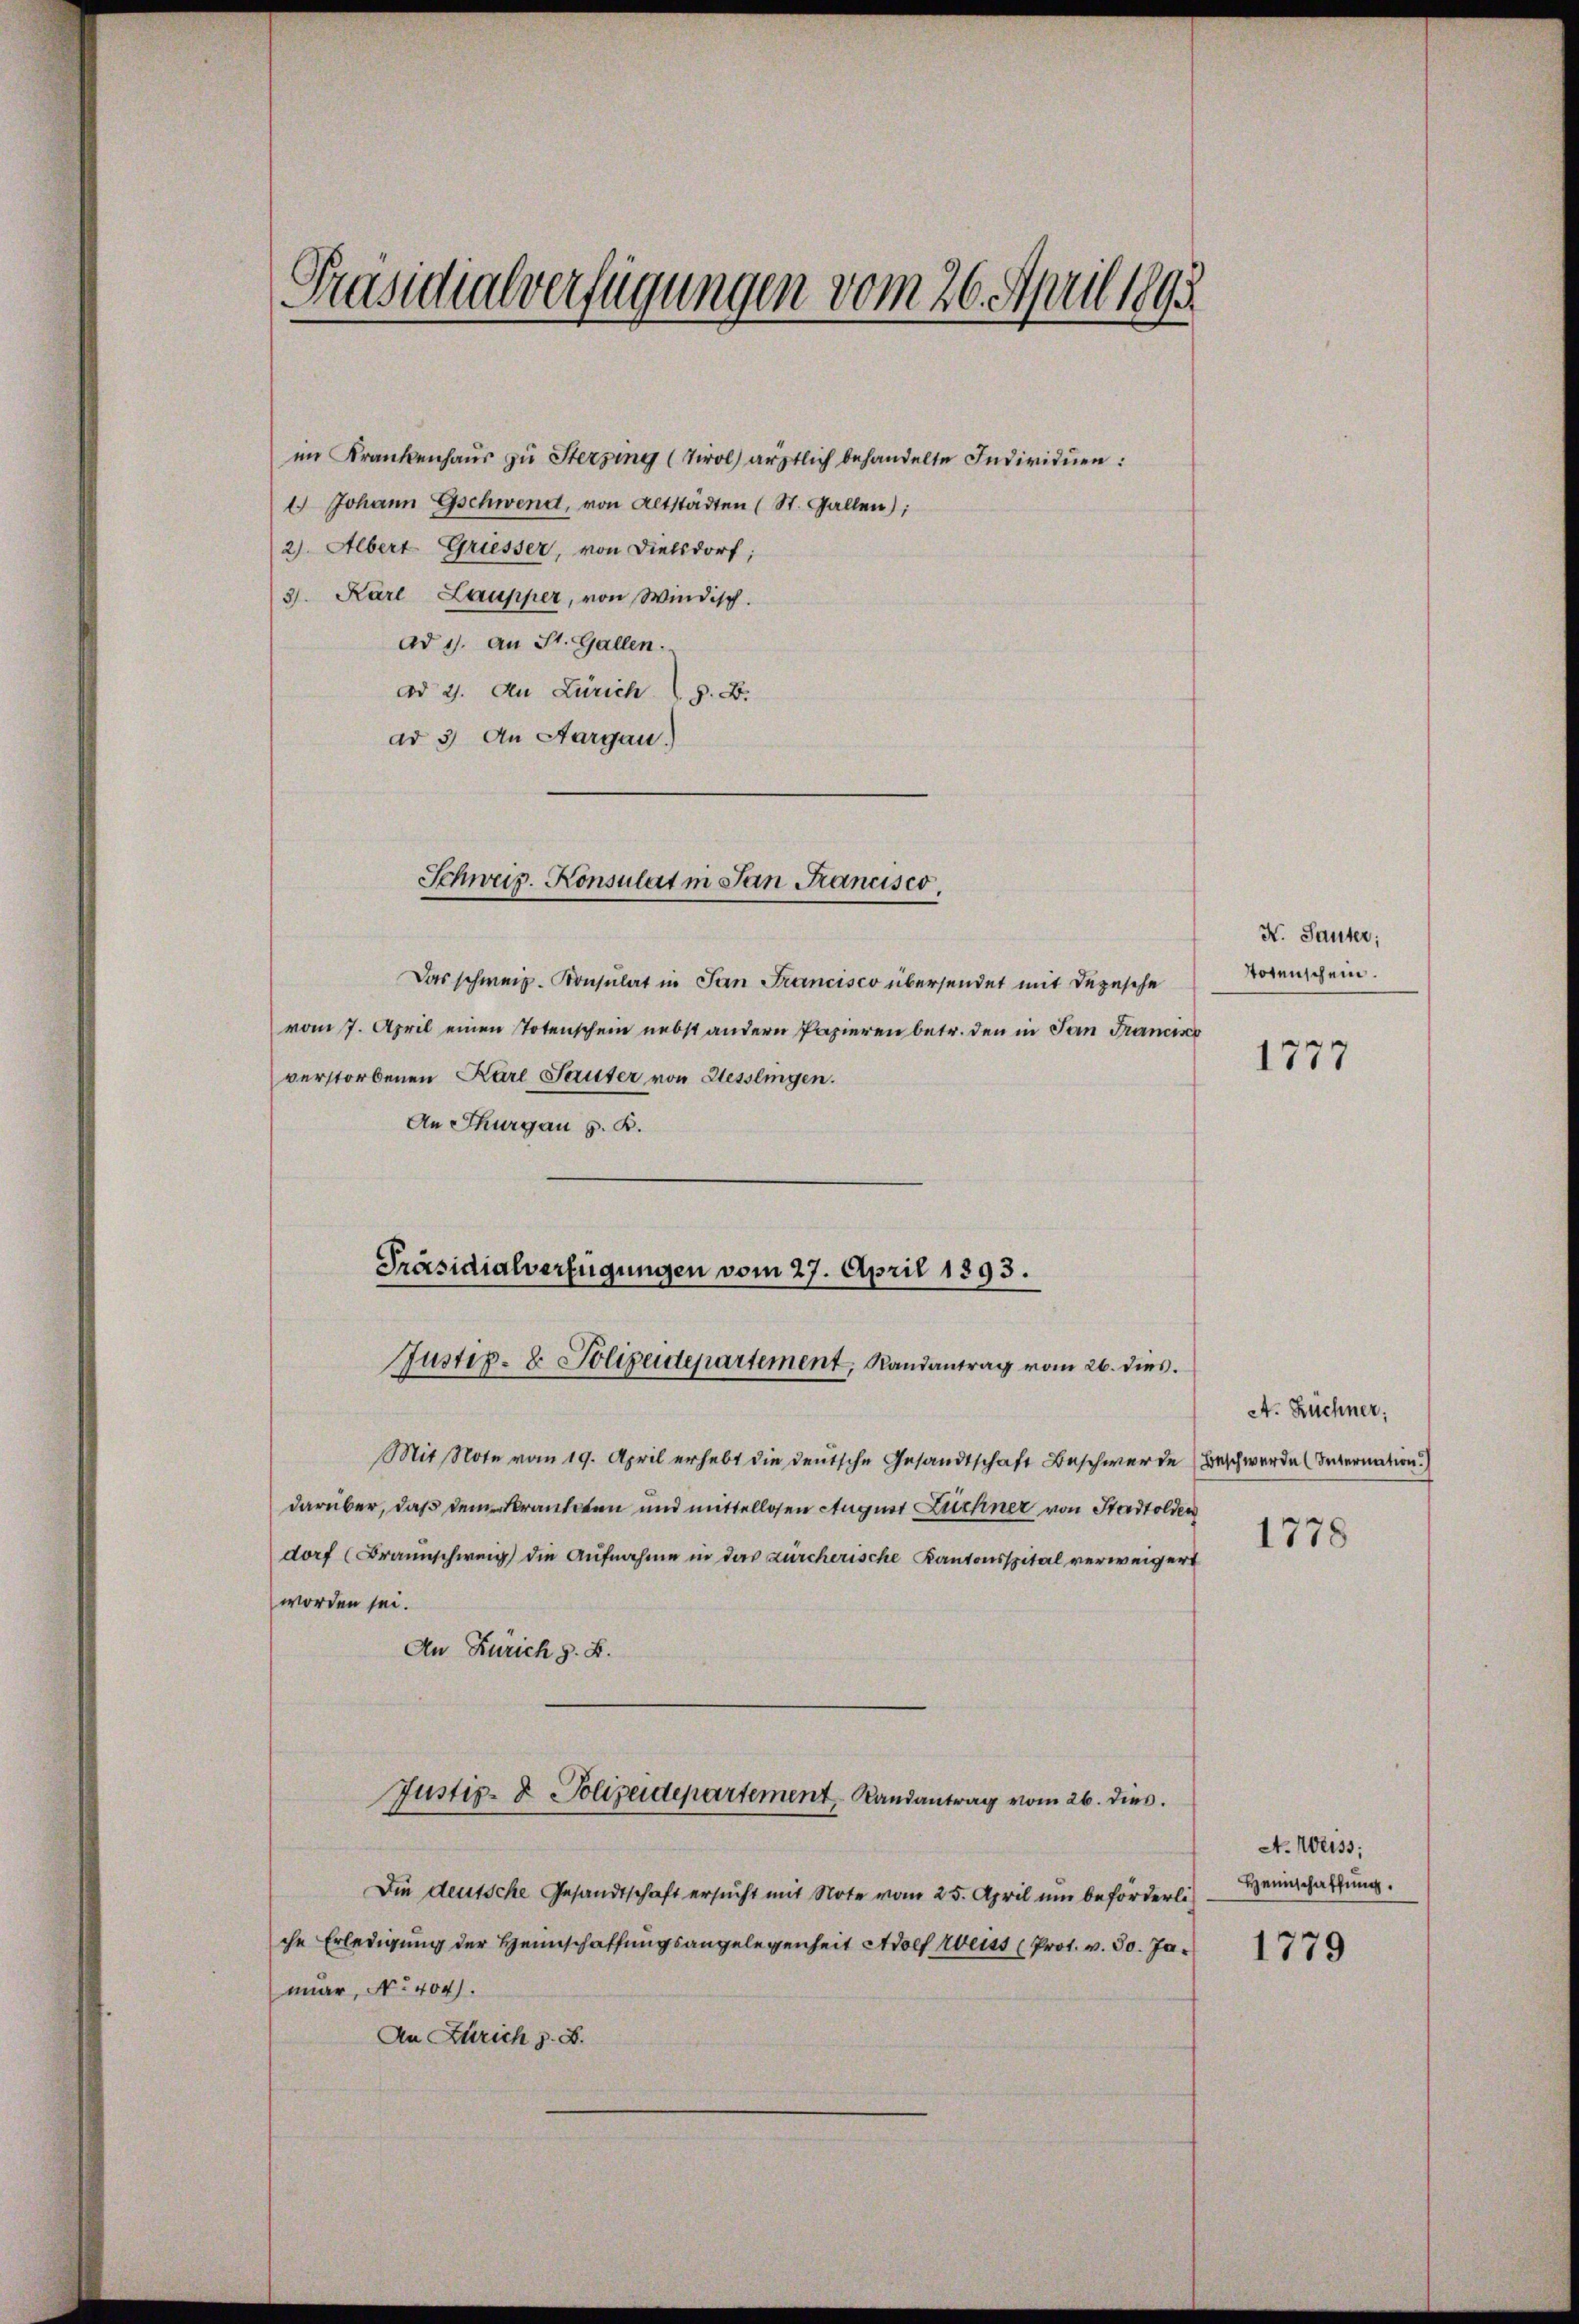
Präsidialverfügungen vom 26. April 1893.

2). Albert Griesser, von Dielsdorf;
3). Karl Laupper, von Windisch.
ad 1. an St. Gallen.
ad 2. An Zürich z. B.
ad 3. An Aargau)

im Krankenhaus zu Sterzing (Tirol ärztlich behandelte Individuen:
 Johann Gschwend, von Altstädten (St. Gallen);

Schweiz. Konsulat in San Francisco
—

Das schweiz. Konsulat in San Francisco übersendet mit Depesche
vom 7. April einen Totenschein nebst andern Papieren betr. den in San Franciso
verstorbenen Karl Sauter von Hesslingen.
An Thurgau s. B.

Präsidialverfügungen vom 27. April 1893.
Justiz- & Polizeidepartement, Randantrag vom 26. dies.

Mit Note vom 19. April erhebt die deutsche Gesandtschaft Beschwerde Beschwerden (Internation
darüber, daß dem Krankten und mittellosen August Lichner von Stadtolden
dorf (Braunschweig die Aufnahme in der zürcherische Kantonsspital verweigert
worden sei.
An Zürich z. B.

Justiz- & Polizeidepartement Randantrag vom 26. dies

K. Sauter;
Totenschein.

Die deutsche Gesandtschaft ersŭcht mit Note vom 25. April um beförderli
che Erledigung der Heimschaffungsangelegenheit Adolf Weiss (Prot. v. 30. Janar, No 404).
An Zürich z. B.

1777

A. Rechner,

1778

A. Weiss,
Heimschaffung.

1779